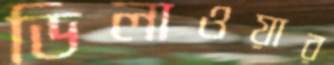
ডিলাওয়ার